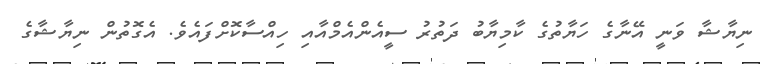
ނިޔާޝާ ވަނީ އޭނާގެ ހަޔާތުގެ ކާމިޔާބު ދަތުރު ސީއެންއެމްއާއި ހިއްސާކޮށްފައެވެ. އެގޮތުން ނިޔާޝާގެ